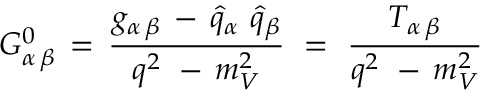
G _ { \alpha \, \beta } ^ { 0 } \, = \, \frac { g _ { \alpha \, \beta } \, - \, { \hat { q } } _ { \alpha } \, \, { \hat { q } } _ { \beta } } { q ^ { 2 } \, \, - \, m _ { V } ^ { 2 } } \, \, = \, \, \frac { T _ { \alpha \, \beta } } { q ^ { 2 } \, \, - \, m _ { V } ^ { 2 } }